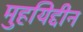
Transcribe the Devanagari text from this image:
मुहयिद्दीन